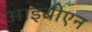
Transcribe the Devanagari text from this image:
आइबीएन